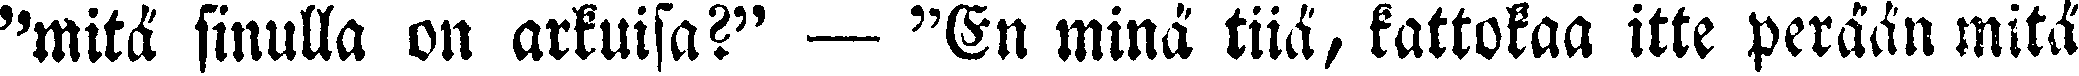
"mitä sinulla on arkuisa?" — "En minä tiiä, kattokaa itte perään mitä